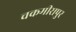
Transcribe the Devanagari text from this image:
चकमीरापुर